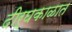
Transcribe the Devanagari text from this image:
दीर्घकाळात